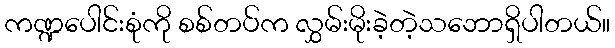
ကဏ္ဍပေါင်းစုံကို စစ်တပ်က လွှမ်းမိုးခဲ့တဲ့သဘောရှိပါတယ်။